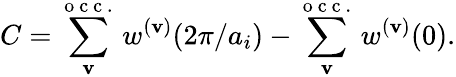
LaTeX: C=\sum_{\mathbf{v}}^{\mathrm{{~o~c~c~.~}}}w^{(\mathbf{v})}(2\pi/a_{i})-\sum_{\mathbf{v}}^{\mathrm{{~o~c~c~.~}}}w^{(\mathbf{v})}(0).